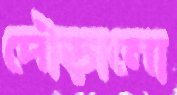
দৌড়ানো